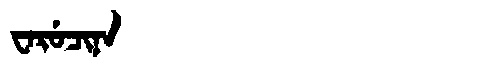
Manchu: ᠸᠠᡵᡠᠴᡳᠨᠠ
Romanization: WARUCINA